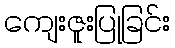
ကျေးဇူးပြုခြင်း